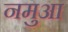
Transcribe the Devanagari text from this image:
नमुआ